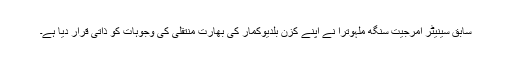
سابق سینیٹر امرجیت سنگھ ملہوترا نے اپنے کزن بلدیوکمار کی بھارت منتقلی کی وجوہات کو ذاتی قرار دیا ہے۔